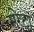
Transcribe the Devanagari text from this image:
सरेटा